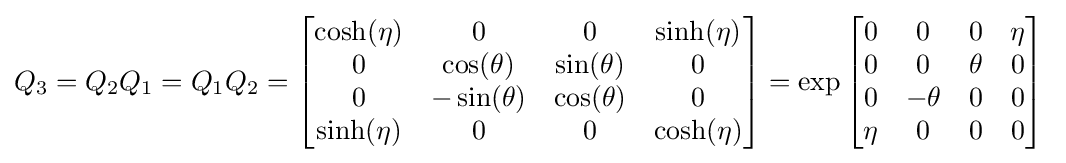
Q_{3}=Q_{2}Q_{1}=Q_{1}Q_{2}={\begin{bmatrix}\cosh(\eta )&0&0&\sinh(\eta )\\0&\cos(\theta )&\sin(\theta )&0\\0&-\sin(\theta )&\cos(\theta )&0\\\sinh(\eta )&0&0&\cosh(\eta )\end{bmatrix}}=\exp {\begin{bmatrix}0&0&0&\eta \\0&0&\theta &0\\0&-\theta &0&0\\\eta &0&0&0\end{bmatrix}}~